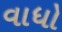
વાધો